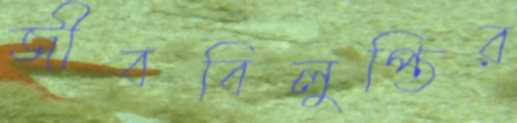
জীববিলুপ্তির